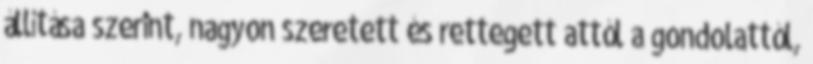
állítása szerint, nagyon szeretett és rettegett attól a gondolattól,